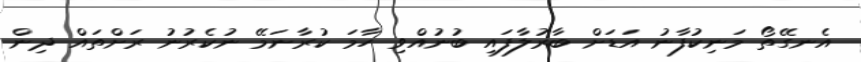
އެނގޭތޯ މަނިކުފާނު އަޑަށް ބާރުލާފައި ބުނުއްވި ހާމަ ކުރާނަމޭ ނުކެރުނު ރަށްތައް ދިން